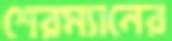
শেরম্যানের